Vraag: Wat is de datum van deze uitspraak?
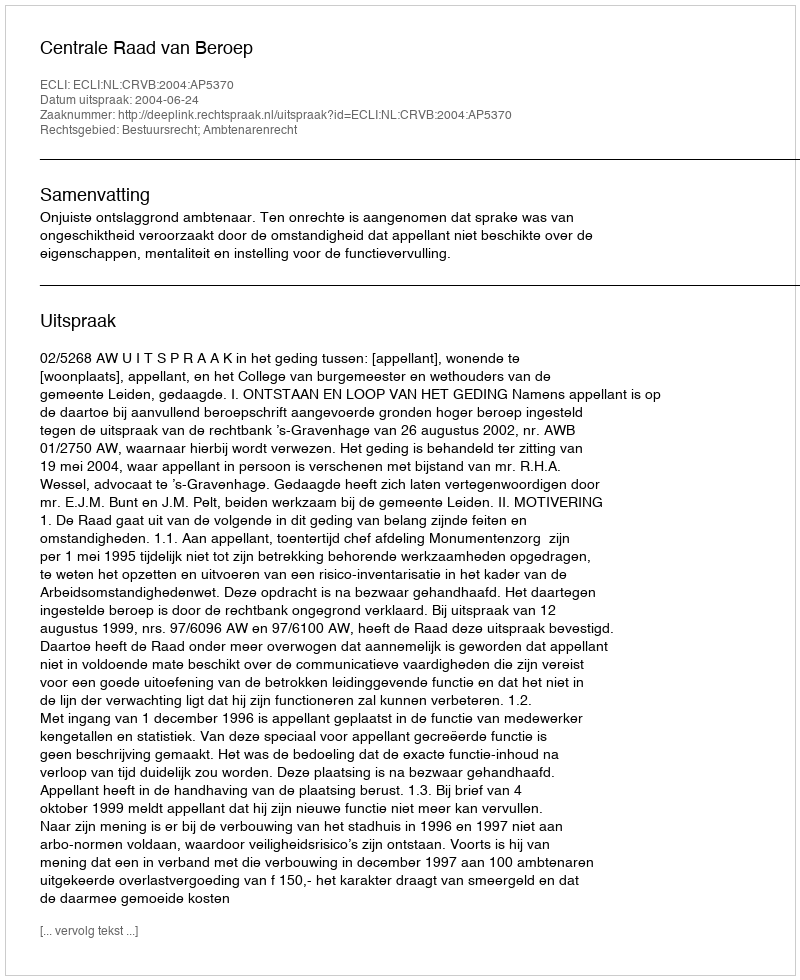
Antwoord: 2004-06-24